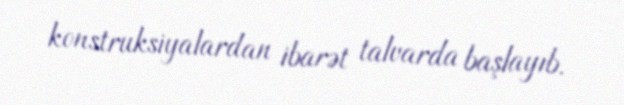
konstruksiyalardan ibarət talvarda başlayıb.